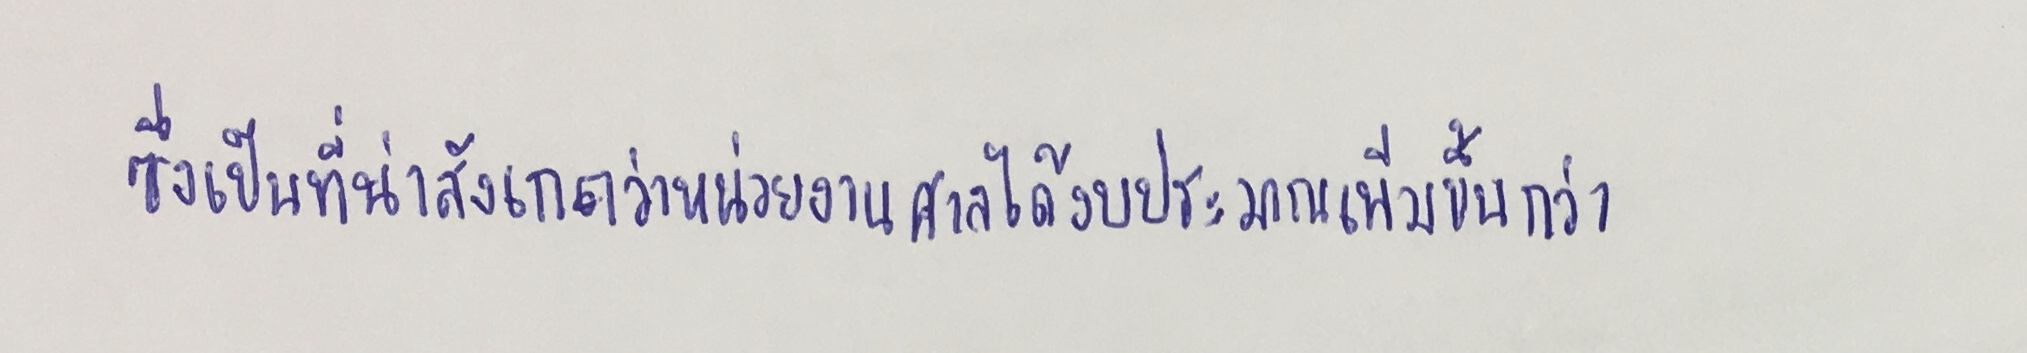
ซึ่งเป็นที่น่าสังเกตว่าหน่วยงานศาลได้งบประมาณเพิ่มขึ้นกว่า